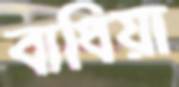
বাধিয়া